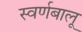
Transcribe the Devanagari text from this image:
स्वर्णबालू